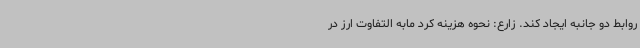
روابط دو جانبه ایجاد کند. زارع: نحوه هزینه کرد مابه التفاوت ارز در